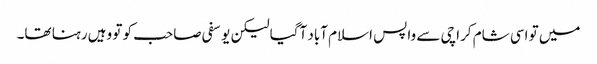
میں تو اسی شام کراچی سے واپس اسلام آباد آگیا لیکن یوسفی صاحب کو تو وہیں رہنا تھا۔